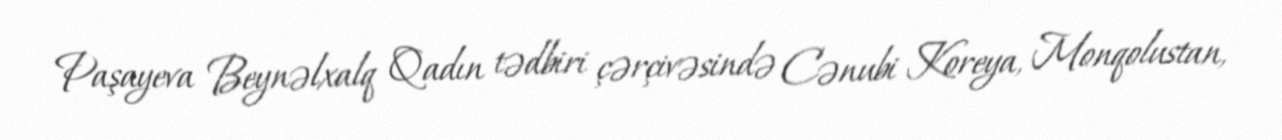
Paşayeva Beynəlxalq Qadın tədbiri çərçivəsində Cənubi Koreya, Monqolustan,